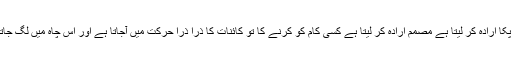
مفہوماً میرا بندا جب کسی کام کو کرنے کا پکا ارادہ کر لیتا ہے مصمم ارادہ کر لیتا ہے کسی کام کو کرنے کا تو کائنات کا ذرا ذرا حرکت میں آجاتا ہے اور اِس چاہ میں لگ جاتا ہے کہ اِس بندے کا ارادہ کیسے ممکن ہو۔